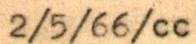
2/5/66/cc